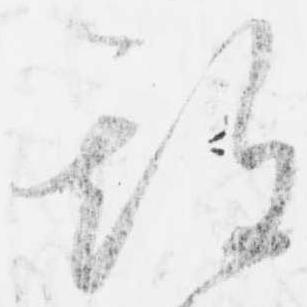
期